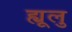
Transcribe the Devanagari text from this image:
ह्यूलु